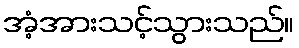
အံ့အားသင့်သွားသည်။